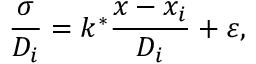
\frac { \sigma } { D _ { i } } = k ^ { * } \frac { x - x _ { i } } { D _ { i } } + \varepsilon ,